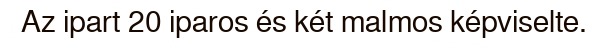
Az ipart 20 iparos és két malmos képviselte.